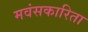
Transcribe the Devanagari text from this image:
मवंसकारिता